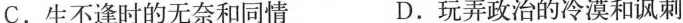
C.生不逢时的无奈和同情 D.玩弄政治的冷漠和讽刺